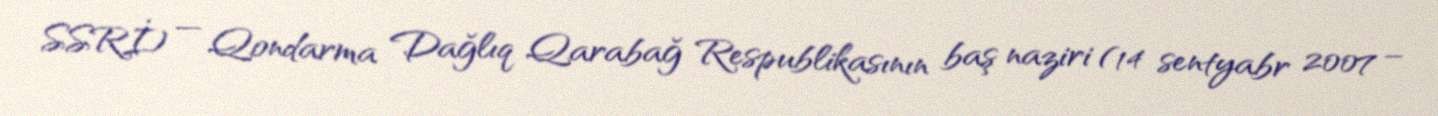
SSRİ) — Qondarma Dağlıq Qarabağ Respublikasının baş naziri (14 sentyabr 2007 –